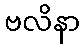
ဗလိနာ